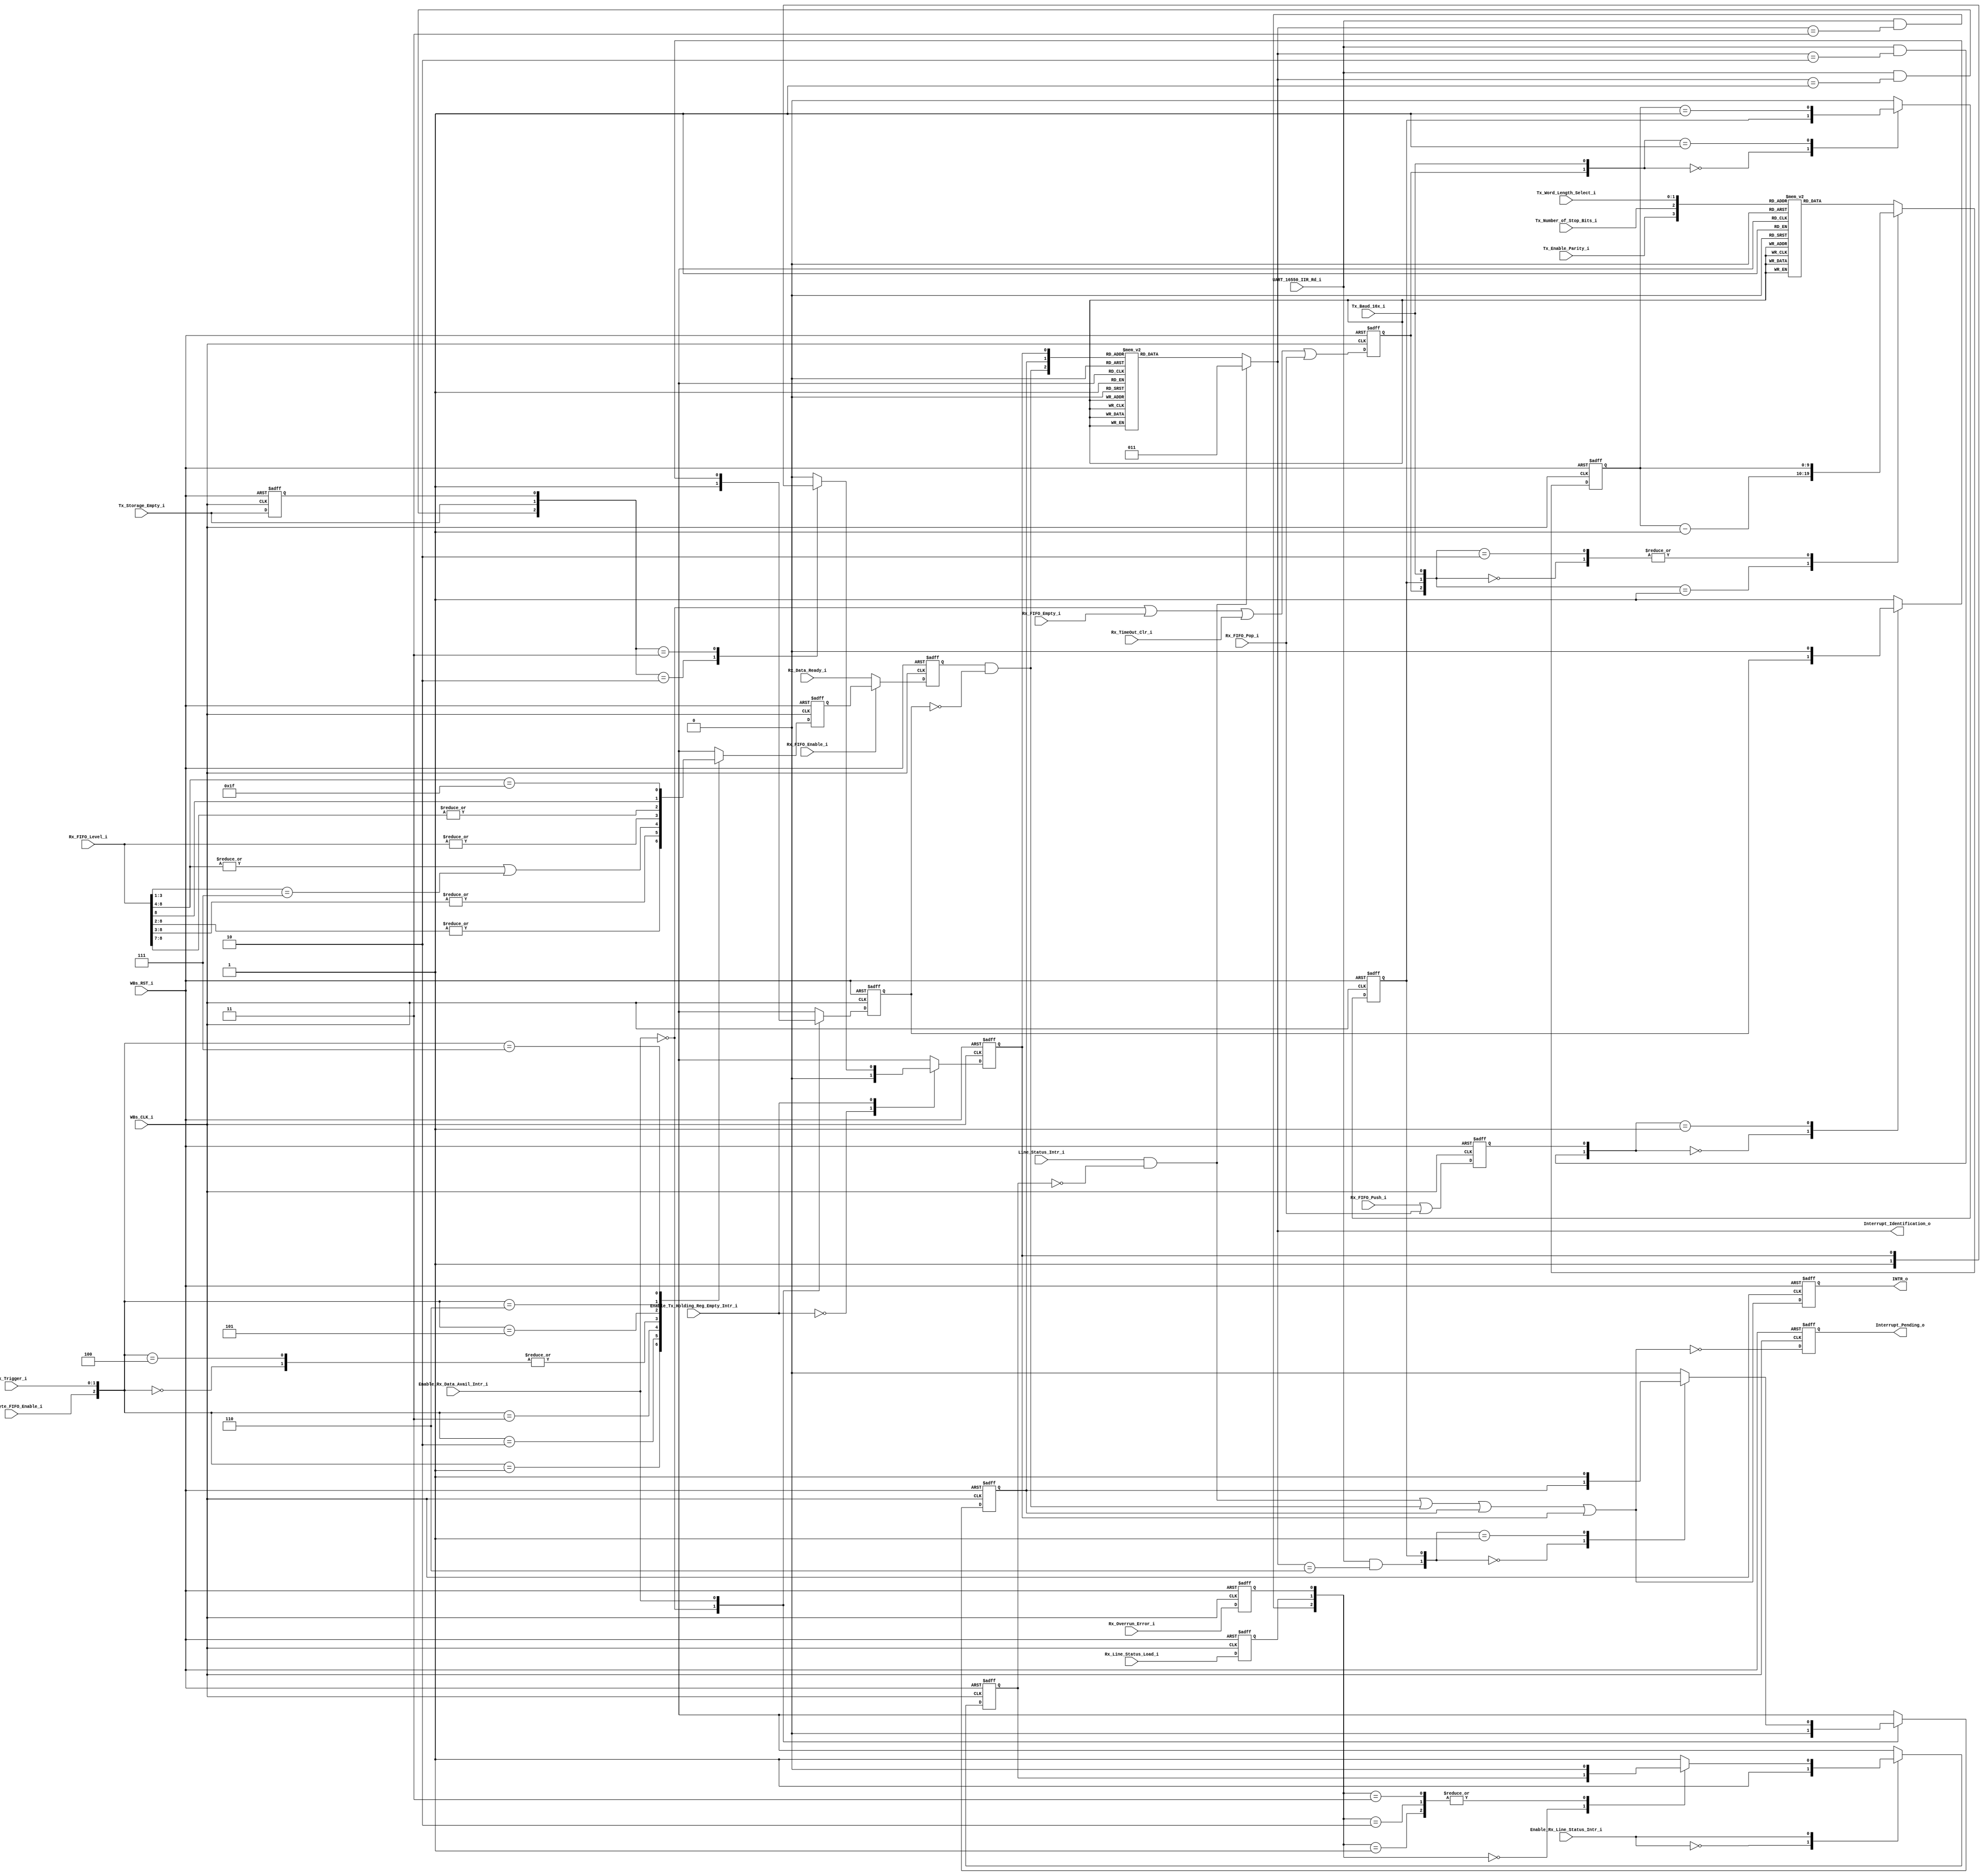
// -----------------------------------------------------------------------------
// title          : UART 16550 Interrupt Control Module
// project        : Tamar2 Device
// -----------------------------------------------------------------------------
// company        : QuickLogic Corp
// last update    : 2016/02/22
// platform       : ArcticLink 4 S3B
// standard       : Verilog 2001
// -----------------------------------------------------------------------------
// description: The UART 16550 is designed for use in the fabric of the
//              AL4S3B. The only AL4S3B specific portion are the Rx and Tx
//              FIFOs. The remaining logic is a generic UART based on a single
//              clock network. There are no derived clocks as in some designs.
// -----------------------------------------------------------------------------
// copyright (c) 2016
// -----------------------------------------------------------------------------
// revisions  :
// date            version    author         description
// 2016/02/03      1.0        Glen Gomes     Initial Release
//
// -----------------------------------------------------------------------------
// Comments: This solution is specifically for use with the QuickLogic
//           AL4S3B device. 
// -----------------------------------------------------------------------------
//

`timescale 1ns / 10ps


module UART_16550_Interrupt_Control( 


                         WBs_CLK_i,
                         WBs_RST_i,

                         Enable_Rx_Data_Avail_Intr_i,
                         Enable_Tx_Holding_Reg_Empty_Intr_i,
                         Enable_Rx_Line_Status_Intr_i,

                         Rx_FIFO_Push_i,
                         Rx_FIFO_Pop_i,
                         Rx_FIFO_Empty_i,
                         Rx_FIFO_Level_i,
                         Rx_Data_Ready_i,
                         Rx_Line_Status_Load_i,
                         Rx_Overrun_Error_i,

                         Rx_FIFO_Enable_i,
                         Rx_64_Byte_FIFO_Enable_i,
                         Rx_Trigger_i,

				         Tx_Storage_Empty_i,

                         Interrupt_Pending_o,
                         Interrupt_Identification_o,

                         Line_Status_Intr_i,

                         UART_16550_IIR_Rd_i,

                         Rx_TimeOut_Clr_i,

                         Tx_Baud_16x_i,

                         Tx_Enable_Parity_i,
                         Tx_Number_of_Stop_Bits_i,
                         Tx_Word_Length_Select_i,

                         INTR_o

                         );


//------Port Parameters----------------
//

//
// None at this time
//

//------Port Signals-------------------
//

// Fabric Global Signals
//
input                    WBs_CLK_i;         // Wishbone Fabric Clock
input                    WBs_RST_i;         // Wishbone Fabric Reset

input                    Enable_Rx_Data_Avail_Intr_i;
input                    Enable_Tx_Holding_Reg_Empty_Intr_i;
input                    Enable_Rx_Line_Status_Intr_i;

input                    Rx_FIFO_Push_i;
input                    Rx_FIFO_Pop_i;
input                    Rx_FIFO_Empty_i;
input             [8:0]  Rx_FIFO_Level_i;
input                    Rx_Data_Ready_i;
input                    Rx_Line_Status_Load_i;
input                    Rx_Overrun_Error_i;

input                    Rx_FIFO_Enable_i;
input                    Rx_64_Byte_FIFO_Enable_i;
input             [1:0]  Rx_Trigger_i;

input                    Tx_Storage_Empty_i;

output                   Interrupt_Pending_o;
output            [2:0]  Interrupt_Identification_o;

input                    Line_Status_Intr_i;

input                    UART_16550_IIR_Rd_i;

input                    Rx_TimeOut_Clr_i;

input                    Tx_Baud_16x_i;

input             [1:0]  Tx_Word_Length_Select_i;
input                    Tx_Number_of_Stop_Bits_i;
input                    Tx_Enable_Parity_i;

output                   INTR_o;

// Fabric Global Signals
//
wire                     WBs_CLK_i;         // Wishbone Fabric Clock
wire                     WBs_RST_i;         // Wishbone Fabric Reset

wire                     Enable_Rx_Data_Avail_Intr_i;
wire                     Enable_Tx_Holding_Reg_Empty_Intr_i;
wire                     Enable_Rx_Line_Status_Intr_i;

wire                     Rx_FIFO_Push_i;
wire                     Rx_FIFO_Pop_i;
wire                     Rx_FIFO_Empty_i;
wire              [8:0]  Rx_FIFO_Level_i;
wire                     Rx_Data_Ready_i;
wire                     Rx_Line_Status_Load_i;
wire                     Rx_Overrun_Error_i;

wire                     Rx_FIFO_Enable_i;
wire                     Rx_64_Byte_FIFO_Enable_i;
wire              [1:0]  Rx_Trigger_i;

wire                     Tx_Storage_Empty_i;

reg                      Interrupt_Pending_o;
reg               [2:0]  Interrupt_Identification_o;

wire                     Line_Status_Intr_i;

wire                     UART_16550_IIR_Rd_i;

wire                     Rx_TimeOut_Clr_i;

wire                     Tx_Baud_16x_i;

wire              [1:0]  Tx_Word_Length_Select_i;
wire                     Tx_Number_of_Stop_Bits_i;
wire                     Tx_Enable_Parity_i;

reg                      INTR_o;
wire                     INTR_o_nxt;



//------Define Parameters--------------
//

//
// None at this time
//

//------Internal Signals---------------
//

reg                      Tx_Storage_Empty_1ff        ;

reg                      Line_Status_Intr_Mask       ;
reg                      Line_Status_Intr_Mask_nxt   ;

wire                     Line_Status_Intr_Mask_clr   ;

reg                      Rx_Overrun_Error            ;
reg                      Rx_Line_Status_Load         ;

reg                      Rx_Data_Avail_Intr          ;
reg                      Rx_Data_Avail_Intr_nxt      ;

reg                      Rx_Data_Ready               ; 
wire                     Rx_Data_Ready_nxt           ; 

reg                      Rx_Data_Ready_Mask          ;
reg                      Rx_Data_Ready_Mask_nxt      ;
    
reg                      Rx_Data_Ready_load          ;
wire                     Rx_Data_Ready_load_nxt      ;

wire                     Rx_Data_Ready_Mask_clr      ;

reg                      Tx_Storage_Empty_State      ;
reg                      Tx_Storage_Empty_State_nxt  ;

wire                     Tx_Storage_Empty_State_clr  ;

reg               [9:0]  Timeout_cntr                ;
reg               [9:0]  Timeout_cntr_nxt            ;

reg                      Timeout_cntr_tc             ;
reg                      Timeout_cntr_tc_nxt         ;

reg                      Timeout_cntr_ld             ;
wire                     Timeout_cntr_ld_nxt         ;

reg                      Timeout_Intr_State          ;
reg                      Timeout_Intr_State_nxt      ;

wire                     Timeout_Intr_State_clr      ;



//------Logic Operations---------------
//


// Define the Fabric's Local Registers
//
always @( posedge WBs_CLK_i or posedge WBs_RST_i)
begin
    if (WBs_RST_i)
    begin
        INTR_o                   <=  1'b0;
        Interrupt_Pending_o      <=  1'b1;

        Rx_Overrun_Error         <=  1'b0;
        Rx_Line_Status_Load      <=  1'b0;
        Tx_Storage_Empty_1ff     <=  1'b1;

        Line_Status_Intr_Mask    <=  1'b1;
        Rx_Data_Ready_Mask       <=  1'b1;
        Tx_Storage_Empty_State   <=  1'b0;

        Rx_Data_Avail_Intr       <=  1'b0;

        Rx_Data_Ready            <=  1'b0; 
        Rx_Data_Ready_load       <=  1'b0;

        Timeout_cntr             <= 10'h0;
        Timeout_cntr_tc          <=  1'b0;
        Timeout_cntr_ld          <=  1'b0;

        Timeout_Intr_State       <=  1'b0;

    end  
    else
    begin
        INTR_o                   <=  INTR_o_nxt                  ;
        Interrupt_Pending_o      <= ~INTR_o_nxt                  ;

        Rx_Overrun_Error         <=  Rx_Overrun_Error_i          ;
        Rx_Line_Status_Load      <=  Rx_Line_Status_Load_i       ;
        Tx_Storage_Empty_1ff     <=  Tx_Storage_Empty_i          ;

        Line_Status_Intr_Mask    <=  Line_Status_Intr_Mask_nxt   ;
        Rx_Data_Ready_Mask       <=  Rx_Data_Ready_Mask_nxt      ;
        Tx_Storage_Empty_State   <=  Tx_Storage_Empty_State_nxt  ;

        Rx_Data_Avail_Intr       <=  Rx_Data_Avail_Intr_nxt      ;

        Rx_Data_Ready            <=  Rx_Data_Ready_nxt           ; 
        Rx_Data_Ready_load       <=  Rx_Data_Ready_load_nxt      ;

        Timeout_cntr             <=  Timeout_cntr_nxt            ;
        Timeout_cntr_tc          <=  Timeout_cntr_tc_nxt         ;
        Timeout_cntr_ld          <=  Timeout_cntr_ld_nxt         ;

        Timeout_Intr_State       <=  Timeout_Intr_State_nxt      ;

    end  
end


// Determine the FIFO full/empty threshold levels for interrupts, etc.
//
// Note: The legacy 16550 levels are maintained for backward compatibility.
//       The "16750" levels have been updated to reflect the larger Fabric FIFO.
//       Regardless of level, the Rx and Tx FIFOs are 512 entries deep.
//
always @( Rx_FIFO_Level_i          or
          Rx_64_Byte_FIFO_Enable_i or
          Rx_Trigger_i
        )
begin
    case({Rx_64_Byte_FIFO_Enable_i, Rx_Trigger_i} )
    3'b000: Rx_Data_Avail_Intr_nxt <=  |Rx_FIFO_Level_i[8:0]            ; // Triggered at Level >   1
    3'b001: Rx_Data_Avail_Intr_nxt <=  |Rx_FIFO_Level_i[8:2]            ; // Triggered at Level >   4
    3'b010: Rx_Data_Avail_Intr_nxt <=  |Rx_FIFO_Level_i[8:3]            ; // Triggered at Level >   8
    3'b011: Rx_Data_Avail_Intr_nxt <= (|Rx_FIFO_Level_i[8:4]          ) 
                                    | ( Rx_FIFO_Level_i[3:1] == 3'h7  ) ; // Triggered at Level >  14 
    3'b100: Rx_Data_Avail_Intr_nxt <=  |Rx_FIFO_Level_i[8:0]            ; // Triggered at Level >   1
    3'b101: Rx_Data_Avail_Intr_nxt <=  |Rx_FIFO_Level_i[8:7]            ; // Triggered at Level > 128
    3'b110: Rx_Data_Avail_Intr_nxt <=  |Rx_FIFO_Level_i[  8]            ; // Triggered at Level > 256
    3'b111: Rx_Data_Avail_Intr_nxt <= ( Rx_FIFO_Level_i[8:4] == 5'h1F ) ; // Triggered at Level > 496
    endcase
end


// Determine the Interrupt Identification Value
//
// Note: This does not include the Rx Data Time-Out function
//
always @( Rx_Data_Ready            or
          Rx_Data_Ready_Mask       or
		  Timeout_Intr_State       or
          Tx_Storage_Empty_State   or
		  Line_Status_Intr_i       or
		  Line_Status_Intr_Mask  
        )
begin
    case({ (Line_Status_Intr_i  & (~ Line_Status_Intr_Mask ))  ,
           (Rx_Data_Ready       & (~    Rx_Data_Ready_Mask ))  ,
		                                 Timeout_Intr_State    ,
                                     Tx_Storage_Empty_State   })
    4'b0000: Interrupt_Identification_o <= 3'b000;
    4'b0001: Interrupt_Identification_o <= 3'b001;
    4'b0010: Interrupt_Identification_o <= 3'b110;
    4'b0011: Interrupt_Identification_o <= 3'b110;
    4'b0100: Interrupt_Identification_o <= 3'b010;
    4'b0101: Interrupt_Identification_o <= 3'b010;
    4'b0110: Interrupt_Identification_o <= 3'b010;
    4'b0111: Interrupt_Identification_o <= 3'b010;
    default: Interrupt_Identification_o <= 3'b011;
    endcase
end


// Combine all of the interrupt sources and their enables
//
assign INTR_o_nxt                  = ( Line_Status_Intr_i        & (~ Line_Status_Intr_Mask ))
                                   | ( Rx_Data_Ready             & (~    Rx_Data_Ready_Mask ))
		                           | ( Timeout_Intr_State                                    ) 
                                   | ( Tx_Storage_Empty_State                                );


//
// Determine which interrupt to clear when the Interrupt ID Register is read
//
// Note: Only the highest priority interrupt should be cleared.
//

// Determine the Rx Line State Clear operation
//
assign Line_Status_Intr_Mask_clr   =  UART_16550_IIR_Rd_i  &  (Interrupt_Identification_o == 3'b011)  ;

// Determine the Rx Data Ready clear operation
//
assign Rx_Data_Ready_Mask_clr      =  UART_16550_IIR_Rd_i  &  (Interrupt_Identification_o == 3'b010)  ;

// Determine the Rx Data Ready clear operation
//
assign Timeout_Intr_State_clr      =  UART_16550_IIR_Rd_i  &  (Interrupt_Identification_o == 3'b110)  ;

// Determine the Tx Data Ready clear operation
//
assign Tx_Storage_Empty_State_clr  =  UART_16550_IIR_Rd_i  &  (Interrupt_Identification_o == 3'b001)  ;


//
// Determine the "State" of the interrupt
//
// Note: This helps to track when the interrupt has been serviced.
//       Specifically, once serviced, the interrupt will not happen again 
//       until there has been an update to the Line Status Register due 
//       to fetching a new value from the Receive Holding Register and/or 
//       the Rx FIFO.
//
//       If the source is updated, this bit will be cleared, allowing a new
//       interrupt to pass if generated.
//
//       This does not clear the interrupt source. This should be done with
//       the proper I/O to the corresponding register.
//
//       Clearing the interrupt source will also clear this interrupt.
//

// Determine Rx Line Status Interrupt state
//
always @( Line_Status_Intr_i          or
          Rx_Line_Status_Load         or
          Rx_Overrun_Error            or
          Line_Status_Intr_Mask_clr   or
          Line_Status_Intr_Mask       or
          Enable_Rx_Line_Status_Intr_i
        )
begin
    case( Enable_Rx_Line_Status_Intr_i     )
    1'b0:         Line_Status_Intr_Mask_nxt <= 1'b1;
    1'b1:
    begin
        case({    Line_Status_Intr_Mask_clr, 
                  Rx_Line_Status_Load       ,
                  Rx_Overrun_Error          })
        3'b000:   Line_Status_Intr_Mask_nxt <= Line_Status_Intr_Mask  ;
        3'b001:   Line_Status_Intr_Mask_nxt <= 1'b0                   ;
        3'b010:   Line_Status_Intr_Mask_nxt <= 1'b0                   ;
        3'b011:   Line_Status_Intr_Mask_nxt <= 1'b0                   ;
		default:  Line_Status_Intr_Mask_nxt <= 1'b1                   ;
        endcase
    end
    endcase
end

// Determine where to get "Data Ready" from
//
// Note: this had combinatorial elements that can cause glitching on the
//       interrupt output. Therefore, this signal should be register prior 
//       to use.
//
assign Rx_Data_Ready_nxt      = Rx_FIFO_Enable_i ?  Rx_Data_Avail_Intr : Rx_Data_Ready_i;


// Determine when to enable the "Data Ready" interrupt when the Receive Hold
// Register and/or the FIFO is updated.
//
assign Rx_Data_Ready_load_nxt = Rx_FIFO_Push_i   |  Rx_FIFO_Pop_i;


// Determine Rx Data Ready Status Interrupt state
//
// Note: This interrupt can be set or cleared by the source.
//
//       The state of the interrupt service operation will be captured below.
//       Specifically, once the interrupt is serviced, the interrupt will not
//       happen again until there is a change to either the Receive Holding
//       Register and/or the Rx FIFO.
//
//       If the source is updated, this bit will be cleared, allowing a new
//       interrupt to pass if generated.
//
//       This does not clear the interrupt source. This should be done with
//       the proper I/O to the corresponding register.
//
//       Clearing the interrupt source will also clear this interrupt.
//
always @( Rx_Data_Ready_load          or
          Rx_Data_Ready_Mask_clr      or
          Rx_Data_Ready_Mask          or
          Enable_Rx_Data_Avail_Intr_i
        )
begin
    case(  Enable_Rx_Data_Avail_Intr_i   )
    1'b0:         Rx_Data_Ready_Mask_nxt <= 1'b1;
    1'b1:
    begin
        case({    Rx_Data_Ready_Mask_clr, 
                  Rx_Data_Ready_load     })
        2'b00:    Rx_Data_Ready_Mask_nxt <= Rx_Data_Ready_Mask  ;
        2'b01:    Rx_Data_Ready_Mask_nxt <= 1'b0                ;
		default:  Rx_Data_Ready_Mask_nxt <= 1'b1                ;
        endcase
    end
    endcase
end



// Determine Rx Data Timeout Status Interrupt state
//
always @( Timeout_cntr_tc              or
          Timeout_Intr_State_clr       or
          Timeout_Intr_State           or
          Enable_Rx_Data_Avail_Intr_i
        )
begin
    case(  Enable_Rx_Data_Avail_Intr_i   )
    1'b0:         Timeout_Intr_State_nxt <= 1'b0;
    1'b1:
    begin
        case({    Timeout_Intr_State_clr, 
                  Timeout_cntr_tc       })
        2'b00:    Timeout_Intr_State_nxt <= Timeout_Intr_State   ;
        2'b01:    Timeout_Intr_State_nxt <= 1'b1                 ;
		default:  Timeout_Intr_State_nxt <= 1'b0                 ;
        endcase
    end
    endcase
end


// Determine Tx Data Ready Status Interrupt state
//
// Note: This interrupt captures the transition of the Tx Holding Register
//       from "not empty" to "empty". This prevents constantly generating an
//       interrupt whent the Tx Holding Register and/or Tx FIFO is empty.
//
//       An example use case is the transmittion of "Hello World" into the Tx
//       FIFO. The CPU should only be interrupted after the "d" has been sent.
//       In between transmittions, there should be no interrupt.
//
//       New writes to the Tx Holding Register and/or Tx FIFO will clear this
//       interrupt's input. If not already serviced, the CPU interrupt will be
//       de-asserted.
//
always @( Tx_Storage_Empty_i           or
          Tx_Storage_Empty_1ff         or
          Tx_Storage_Empty_State_clr   or
          Tx_Storage_Empty_State       or
          Enable_Tx_Holding_Reg_Empty_Intr_i 
        )
begin
    case(  Enable_Tx_Holding_Reg_Empty_Intr_i )
    1'b0:         Tx_Storage_Empty_State_nxt <= 1'b0;
    1'b1:
    begin
        case({    Tx_Storage_Empty_State_clr, 
                  Tx_Storage_Empty_i        ,
                  Tx_Storage_Empty_1ff    })
        3'b000:   Tx_Storage_Empty_State_nxt <= 1'b0                    ;
        3'b001:   Tx_Storage_Empty_State_nxt <= 1'b0                    ;
        3'b010:   Tx_Storage_Empty_State_nxt <= 1'b1                    ;
        3'b011:   Tx_Storage_Empty_State_nxt <= Tx_Storage_Empty_State  ;
		default:  Tx_Storage_Empty_State_nxt <= 1'b0                    ;
        endcase
    end
    endcase
end


// Determine the Timeout Counter
//
// Note: This counter counts 4x the number of bits expected in the serial stream.
//       More specifically, this counter will multiply the number of expected
//       symbols per character by 16 to emulate the baud rate time period. 
//       Furthermore, the timeout should happen when the time period for 4 full 
//       characters has elapsed.
//
//  Tx_Word_Length_Select_i[1:0]   Tx_Number_of_Stop_Bits_i;
//              ANY                          1'b0 : 1
//          2'b00 : 5 bits                   1'b1 : 1.5
//          2'b01 : 6 bits                   1'b1 : 2
//          2'b10 : 7 bits                   1'b1 : 2
//          2'b11 : 8 bits                   1'b1 : 2
//

always @(Timeout_cntr               or
         Timeout_cntr_tc            or
         Timeout_cntr_ld            or

         Tx_Baud_16x_i              or

         Tx_Enable_Parity_i         or
		 Tx_Number_of_Stop_Bits_i   or
		 Tx_Word_Length_Select_i
         )
begin
    case(       {Timeout_cntr_ld,     Timeout_cntr_tc, Tx_Baud_16x_i} )
    3'b000:      Timeout_cntr_nxt <=  Timeout_cntr        ; // Hold
    3'b001:      Timeout_cntr_nxt <=  Timeout_cntr - 1'b1 ; // Count down until the terminal count
    3'b010:      Timeout_cntr_nxt <=  Timeout_cntr        ; // Hold
    default:
    begin
        case (  {Tx_Enable_Parity_i,  Tx_Number_of_Stop_Bits_i, Tx_Word_Length_Select_i})
        4'b0000: Timeout_cntr_nxt <=  10'h180             ; // Start, 5 bits,         Stop bits -> 1
        4'b0001: Timeout_cntr_nxt <=  10'h1C0             ; // Start, 6 bits,         Stop bits -> 1
        4'b0010: Timeout_cntr_nxt <=  10'h200             ; // Start, 7 bits,         Stop bits -> 1
        4'b0011: Timeout_cntr_nxt <=  10'h240             ; // Start, 8 bits,         Stop bits -> 1

        4'b0100: Timeout_cntr_nxt <=  10'h1C0             ; // Start, 5 bits,         Stop bits -> 2 (Allowed)
        4'b0101: Timeout_cntr_nxt <=  10'h200             ; // Start, 6 bits,         Stop bits -> 2
        4'b0110: Timeout_cntr_nxt <=  10'h240             ; // Start, 7 bits,         Stop bits -> 2
        4'b0111: Timeout_cntr_nxt <=  10'h280             ; // Start, 8 bits,         Stop bits -> 2

        4'b1000: Timeout_cntr_nxt <=  10'h1C0             ; // Start, 5 bits, Parity  Stop bits -> 1
        4'b1001: Timeout_cntr_nxt <=  10'h200             ; // Start, 6 bits, Parity  Stop bits -> 1
        4'b1010: Timeout_cntr_nxt <=  10'h240             ; // Start, 7 bits, Parity  Stop bits -> 1
        4'b1011: Timeout_cntr_nxt <=  10'h280             ; // Start, 8 bits, Parity  Stop bits -> 1

        4'b1100: Timeout_cntr_nxt <=  10'h200             ; // Start, 5 bits, Parity, Stop bits -> 2 (Allowed)
        4'b1101: Timeout_cntr_nxt <=  10'h240             ; // Start, 6 bits, Parity, Stop bits -> 2
        4'b1110: Timeout_cntr_nxt <=  10'h280             ; // Start, 7 bits, Parity, Stop bits -> 2
        4'b1111: Timeout_cntr_nxt <=  10'h2C0             ; // Start, 8 bits, Parity, Stop bits -> 2
        endcase
    end
    endcase
end


// Determine the Timeout counter's terminal count
//
always @(Timeout_cntr        or
         Timeout_cntr_tc     or
         Timeout_cntr_ld     or

         Tx_Baud_16x_i
         )
begin
    case(    {Timeout_cntr_ld,        Tx_Baud_16x_i} )
    2'b00:    Timeout_cntr_tc_nxt <=  Timeout_cntr_tc        ; // Hold
    2'b01:    Timeout_cntr_tc_nxt <= (Timeout_cntr == 10'h1) ; // Check count down for terminal count
    default:  Timeout_cntr_tc_nxt <=  1'b0                   ; // The terminal count is "0" during loads
    endcase
end


// Determine when the Timeout Counter is reset (i.e. loaded/re-loaded)
//
assign Timeout_cntr_ld_nxt = (~Enable_Rx_Data_Avail_Intr_i  )
                           |   Rx_FIFO_Empty_i 
					       |   Rx_TimeOut_Clr_i
                           |   Rx_FIFO_Pop_i                 ;
                  


endmodule